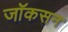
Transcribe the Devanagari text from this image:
जॉकसन